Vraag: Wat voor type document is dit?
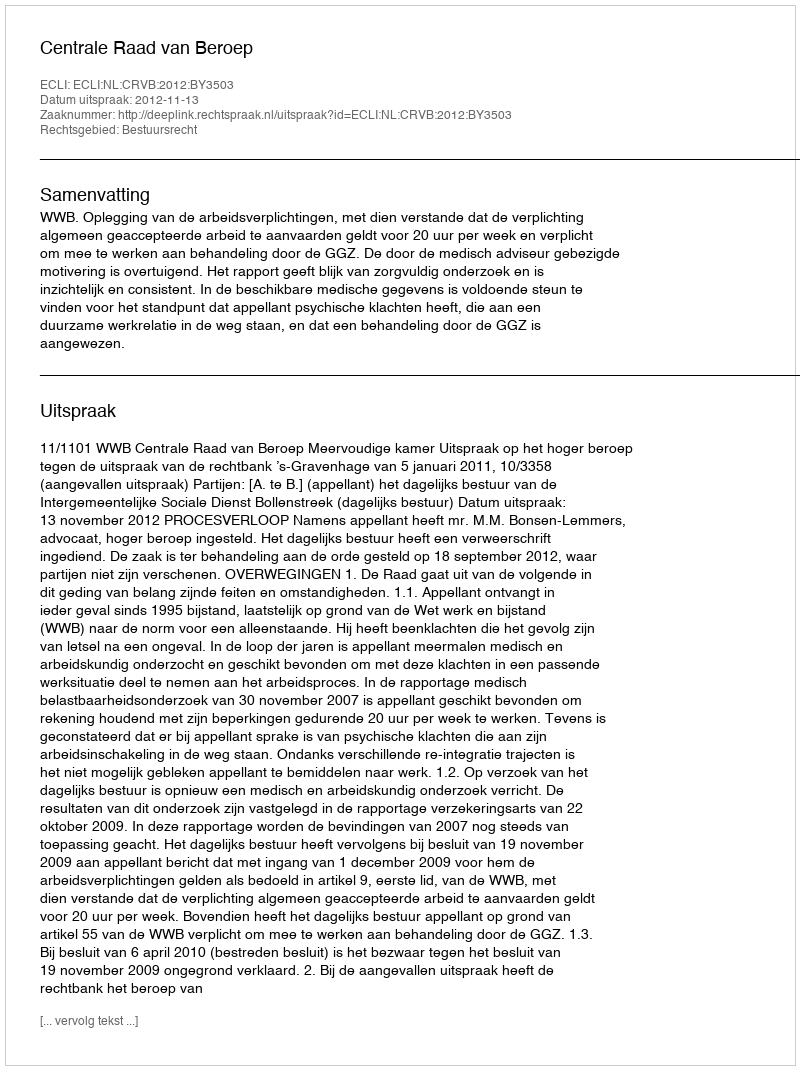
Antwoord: Uitspraak